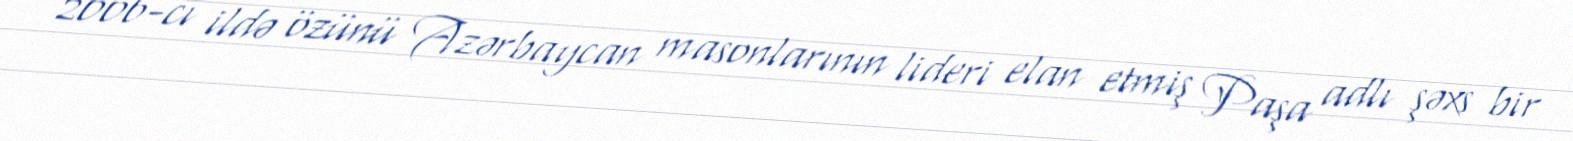
2006-cı ildə özünü Azərbaycan masonlarının lideri elan etmiş Paşa adlı şəxs bir